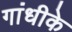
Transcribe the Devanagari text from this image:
गांधीके